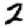
Digit: 2